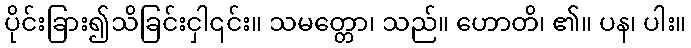
ပိုင်းခြား၍သိခြင်းငှါ၎င်း။ သမတ္တော၊ သည်။ ဟောတိ၊ ၏။ ပန၊ ပါး။